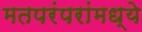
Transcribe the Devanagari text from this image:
मतपरंपरांमध्ये